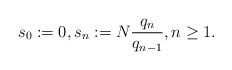
LaTeX: \begin{align*}s_0:=0,s_n := N \frac{q_n}{q_{n-1}}, n \geq 1. \end{align*}